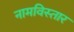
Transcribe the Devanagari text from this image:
नामविस्‍तार